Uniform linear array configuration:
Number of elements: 8
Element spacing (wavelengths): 0.25
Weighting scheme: exponential
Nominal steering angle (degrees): -60
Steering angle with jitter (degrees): -59.671
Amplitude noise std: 0.05
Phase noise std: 0.05

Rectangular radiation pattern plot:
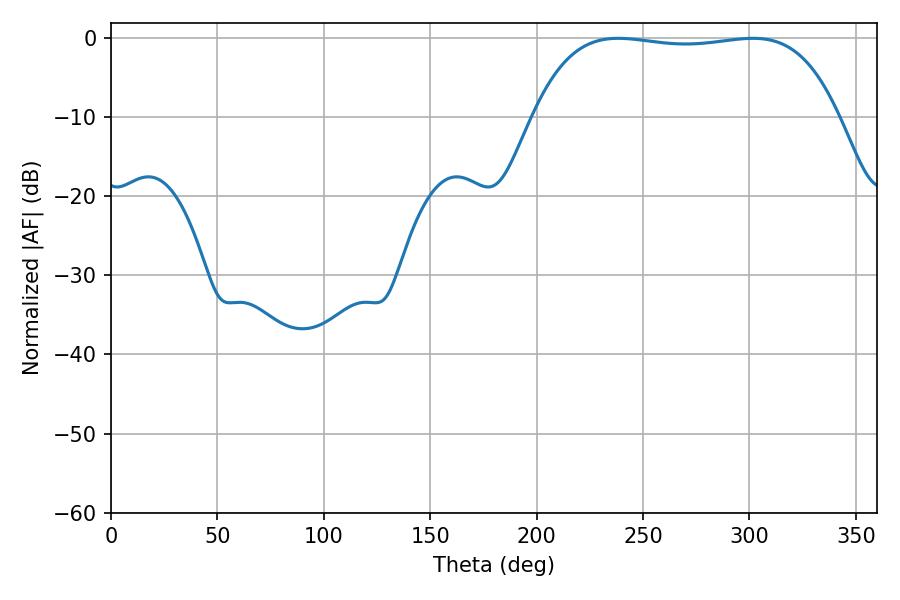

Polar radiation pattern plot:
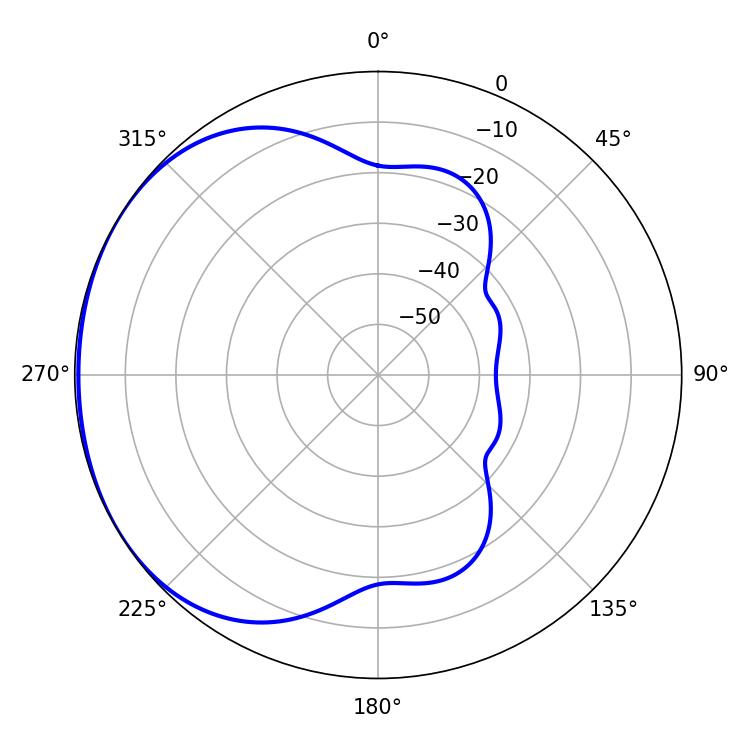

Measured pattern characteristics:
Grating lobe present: FALSE
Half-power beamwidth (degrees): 113.4
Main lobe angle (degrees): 238.32